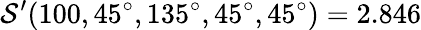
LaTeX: \mathcal{S}^{\prime}(100,45^{\circ},135^{\circ},45^{\circ},45^{\circ})=2.846